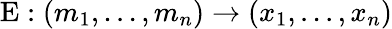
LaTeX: \mathrm{E}:(m_{1},...,m_{n})\rightarrow(x_{1},...,x_{n})